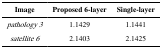
| Image | Proposed 6-layer | Single-layer |
 | --- | --- | --- |
 | pathology 3 | 1.1429 | 1.1441 |
 | satellite 6 | 2.1403 | 2.1425 |